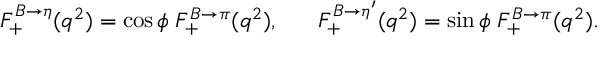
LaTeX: F _ { + } ^ { B \to \eta } ( q ^ { 2 } ) = \cos \phi \; F _ { + } ^ { B \to \pi } ( q ^ { 2 } ) , ~ ~ ~ ~ ~ F _ { + } ^ { B \to \eta ^ { \prime } } ( q ^ { 2 } ) = \sin \phi \; F _ { + } ^ { B \to \pi } ( q ^ { 2 } ) .